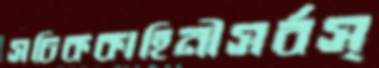
সচিককাহিনীসর্বস্